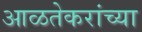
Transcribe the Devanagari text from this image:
आळतेकरांच्या